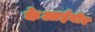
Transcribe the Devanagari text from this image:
केआईवीए